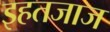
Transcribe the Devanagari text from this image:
इहतजाज